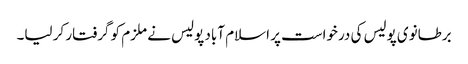
برطانوی پولیس کی درخواست پر اسلام آباد پولیس نے ملزم کو گرفتار کر لیا۔